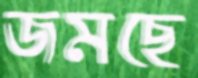
জমছে